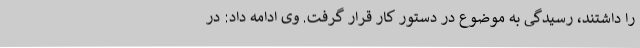
را داشتند، رسیدگی به موضوع در دستور کار قرار گرفت. وی ادامه داد: در